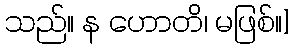
သည်။ န ဟောတိ၊ မဖြစ်။]